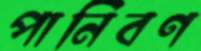
পানিবণ